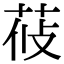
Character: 𦰞